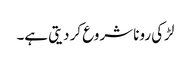
لڑکی رونا شروع کر دیتی ہے۔